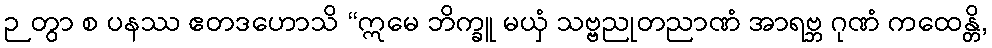
ဉတွာ စ ပနဿ ဧတဒဟောသိ “ဣမေ ဘိက္ခူ မယှံ သဗ္ဗညုတညာဏံ အာရဗ္ဘ ဂုဏံ ကထေန္တိ,